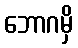
ဘောဂမှိ